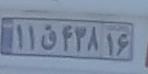
۱۱ق۴۳۸۱۶